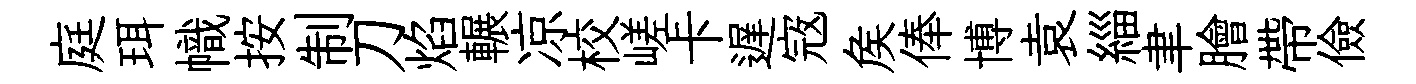
庭珥幟按制刀焰輾凉校嵯卡遅𡨥矦俸博袁緇聿膾帶儉